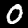
Label: 0